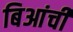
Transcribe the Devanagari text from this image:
बिआंची